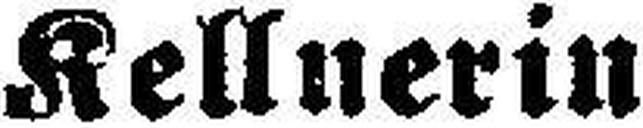
Kellnerin